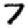
Digit: 7